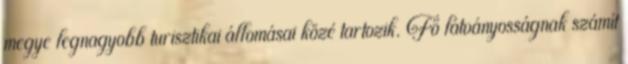
megye legnagyobb turisztikai állomásai közé tartozik. Fő látványosságnak számít